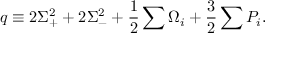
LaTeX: q \equiv 2 \Sigma _ { + } ^ { 2 } + 2 \Sigma _ { - } ^ { 2 } + \frac { 1 } { 2 } \sum \Omega _ { i } + \frac { 3 } { 2 } \sum P _ { i } .